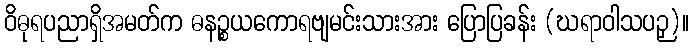
ဝိဓုရပညာရှိအမတ်က ဓနဉ္စယကောရဗျမင်းသားအား ပြောပြခန်း (ဃရာဝါသပဉှ)။